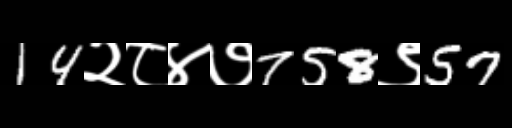
Text: 14२८४७758९57